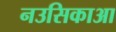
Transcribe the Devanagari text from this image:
नउसिकाआ